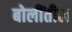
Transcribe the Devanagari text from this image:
बोलींतील